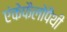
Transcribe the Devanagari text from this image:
एंकेफैलोपैथी